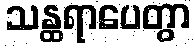
သန္ထရာပေတွာ